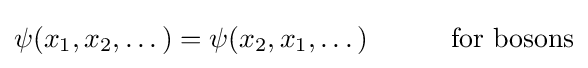
\psi (x_{1},x_{2},\dots )=\psi (x_{2},x_{1},\dots )\qquad \quad {\text{for bosons}}